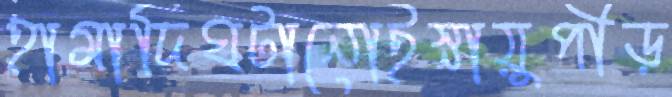
হামাদিঘটানোইস্নায়ুপীড়